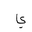
Letter: _ya